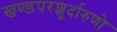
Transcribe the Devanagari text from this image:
खण्डपरशुर्दारुणो